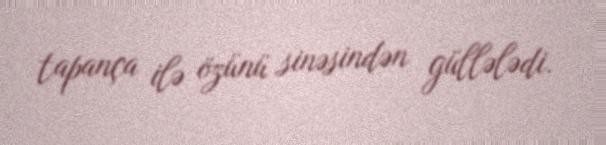
tapança ilə özünü sinəsindən güllələdi.